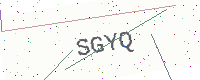
Text: SGYQ